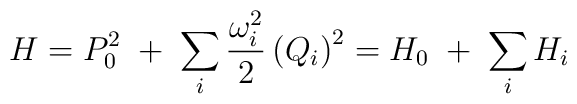
H = P_0^2 \; + \;  \sum_i \frac{\omega_i^2}{2} \left( Q_i  \right)^2 = H_0 \; + \; \sum_i H_i